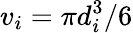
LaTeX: v_{i}=\pi d_{i}^{3}/6